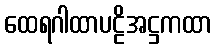
ထေရဂါထာပဠိအဋ္ဌကထာ